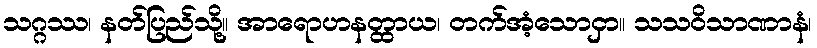
သဂ္ဂဿ၊ နတ်ပြည်သို့။ အာရောဟနတ္ထာယ၊ တက်အံ့သောငှာ။ သသဝိသာဏာနံ၊